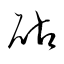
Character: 砧